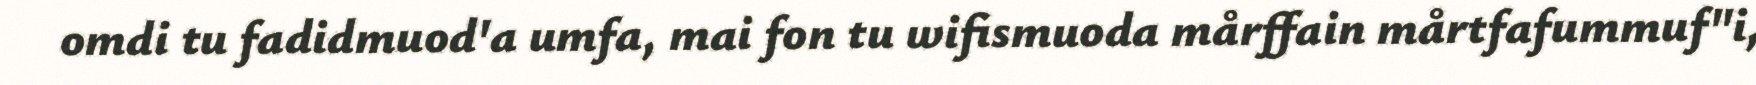
omdi tu fadidmuod'a umfa, mai fon tu wifismuoda mårffain mårtfafummuf"i,